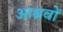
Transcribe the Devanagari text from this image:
आश्रवों